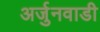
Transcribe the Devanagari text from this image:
अर्जुनवाडी